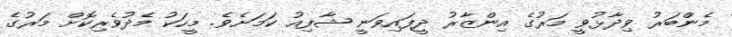
މެންބަރު ވިދާޅުވީ މަރުގެ އިންޒާރު ދީފައިވަނީ ޝާފިއު ކަމަށެވެ. މީހަކު މެދުވެރިކޮށް މަރުގެ